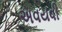
અવયવી